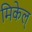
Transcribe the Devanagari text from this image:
मिकेल्